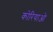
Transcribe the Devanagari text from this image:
कोरियाओ